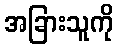
အခြားသူကို